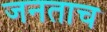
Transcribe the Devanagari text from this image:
जनताच